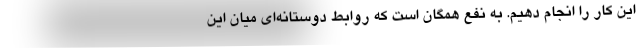
این کار را انجام دهیم. به نفع همگان است که روابط دوستانه‌ای میان این